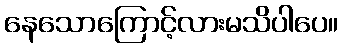
နေသောကြောင့်လားမသိပါပေ။